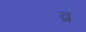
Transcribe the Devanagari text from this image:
व्र